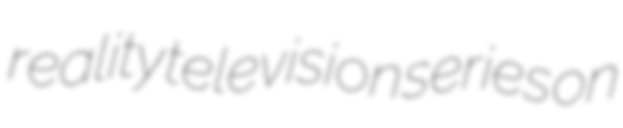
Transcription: reality television series on